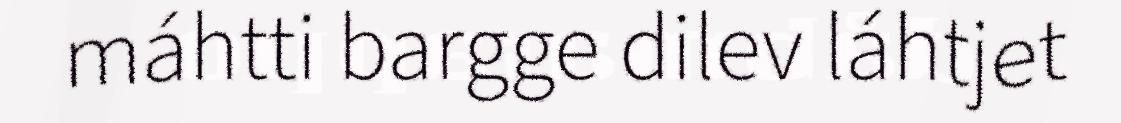
máhtti bargge dilev láhtjet